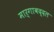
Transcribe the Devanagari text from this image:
मार्गाबद्दल